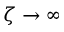
\zeta \to \infty